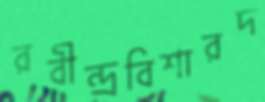
রবীন্দ্রবিশারদ